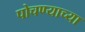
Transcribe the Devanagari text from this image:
पोचण्याच्या